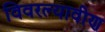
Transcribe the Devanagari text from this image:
विवरल्यावीण